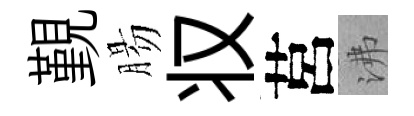
覲腸𠬧莒沸